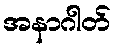
အနာဂါတ်